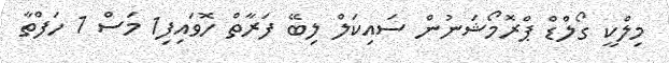
މިލްކީ ގޯލްޑް ޕްރޮމޯޝަނުން ސައިކަލް ލިބޭ ފަރާތް ހޮވައިފި1 މަސް 1 ހަފްތާ